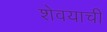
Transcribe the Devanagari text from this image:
शेवयाची